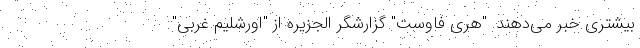
بیشتری خبر می‌دهند. "هری فاوست" گزارشگر الجزیره از "اورشلیم غربی"